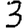
Digit: 3